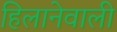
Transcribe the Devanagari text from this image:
हिलानेवाली